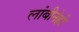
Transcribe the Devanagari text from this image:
लांबीनेही